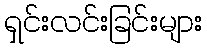
ရှင်းလင်းခြင်းများ